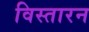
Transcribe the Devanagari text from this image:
विस्तारन